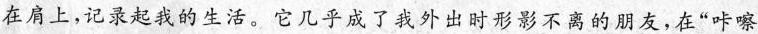
在肩上,记录起我的生活。它几乎成了我外出时形影不离的朋友，在“咔嚓